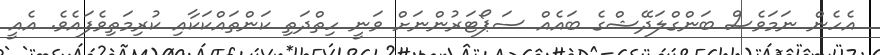
އެހެން ނަމަވެސް ބަންގްލަދޭޝްގެ ބައެއް ސަޕޯޓަރުންނަށް ވަނީ ހިތްދަތި ކަންތައްކަކާއި ކުރިމަތިވެފައެވެ. އެއީ